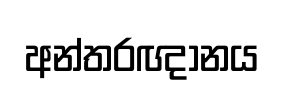
අන්තරඥානය